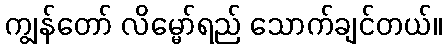
ကျွန်တော် လိမ္မော်ရည် သောက်ချင်တယ်။